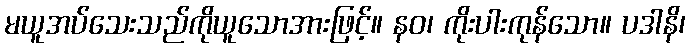
မယူအပ်သေးသည်ကိုယူသောအားဖြင့်။ နဝ၊ ကိုးပါးကုန်သော။ ပဒါနိ၊